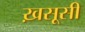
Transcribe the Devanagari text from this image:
ख़सूसी